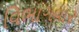
વિભાગવાર